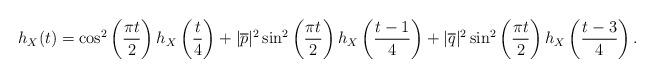
LaTeX: \begin{align*}h_{X}(t) = \cos^2\left(\frac{\pi t}{2}\right) h_{X} \left(\frac{t}{4}\right)+| \overline{p} |^2 \sin^2\left(\frac{\pi t}{2}\right) h_{X} \left(\frac{t-1}{4}\right)+| \overline{q} |^2 \sin^2\left(\frac{\pi t}{2}\right) h_{X} \left(\frac{t-3}{4}\right) .\end{align*}